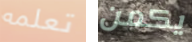
تعلمه يكمن